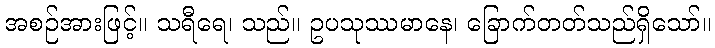
အစဉ်အားဖြင့်။ သရီရေ၊ သည်။ ဥပသုဿမာနေ၊ ခြောက်တတ်သည်ရှိသော်။